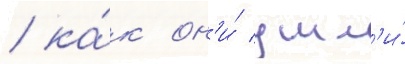
/ ка́к он'и́ ушл'и́